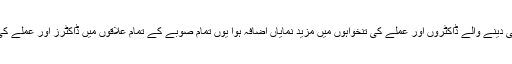
ان اقدامات کی بدولت دور دراز اور پسماندہ علاقوں میں ڈیوٹی دینے والے ڈاکٹروں اور عملے کی تنخواہوں میں مزید نمایاں اضافہ ہوا یوں تمام صوبے کے تمام علاقوں میں ڈاکٹرز اور عملے کی عدم موجودگی کا مسئلہ بہت اچھے طریقے سے حل ہوگیا۔